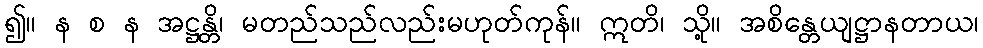
၍။ န စ န အဋ္ဌန္တိ၊ မတည်သည်လည်းမဟုတ်ကုန်။ ဣတိ၊ သို့။ အစိန္တေယျဋ္ဌာနတာယ၊